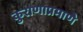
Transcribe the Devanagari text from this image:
कुराणाप्रमाणे